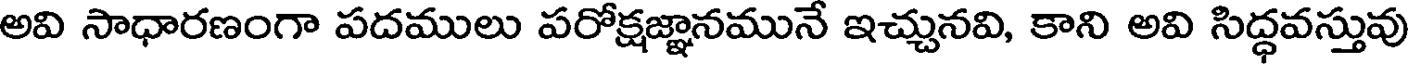
అవి సాధారణంగా పదములు పరోక్షజ్ఞానమునే ఇచ్చునవి, కాని అవి సిద్ధవస్తువు